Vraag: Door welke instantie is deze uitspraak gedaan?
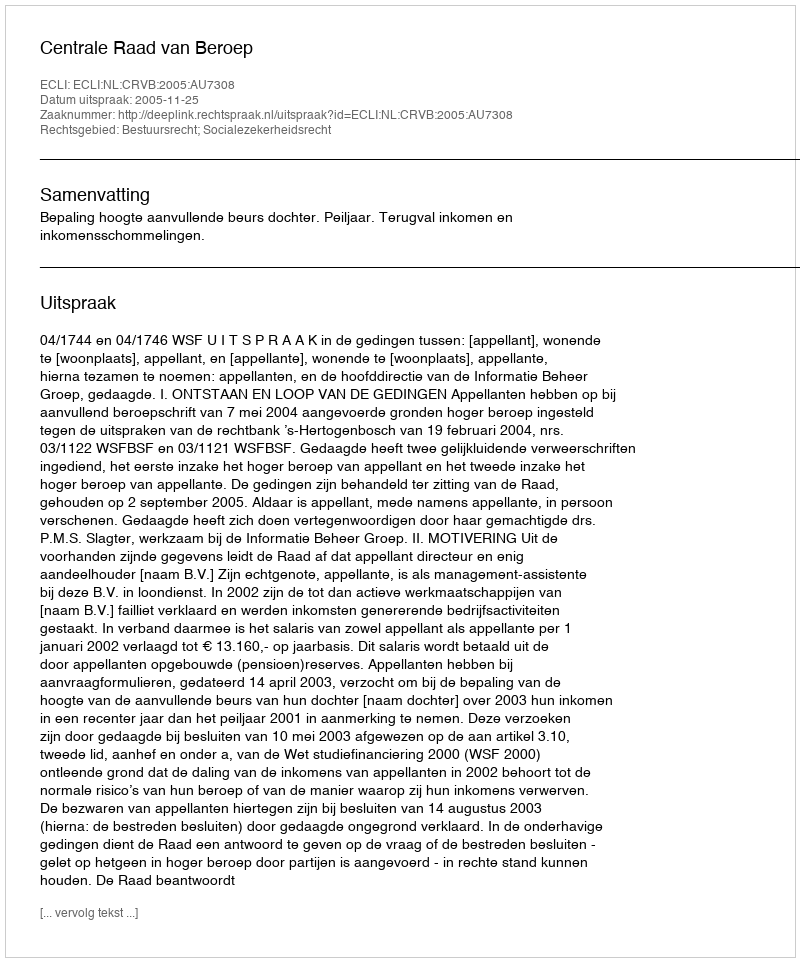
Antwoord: Centrale Raad van Beroep